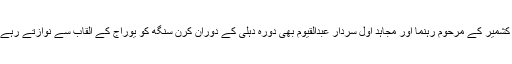
آزاد کشمیر کے مرحوم رہنما اور مجاہد اول سردار عبدالقیوم بھی دورہ دہلی کے دوران کرن سنگھ کو یوراج کے القاب سے نوازتے رہے ہیں۔